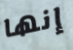
إنها